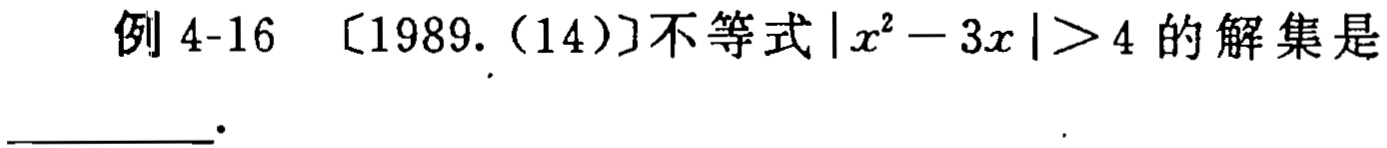
例 4-16 〔1989.(14)〕不等式\(\vert x^{2}-3x\vert>4\)的解集是  .